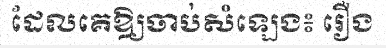
ដែលគេឱ្យចាប់សំឡេង៖ រឿង